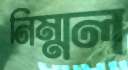
নিম্মল